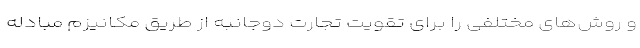
و روش‌های مختلفی را برای تقویت تجارت دوجانبه از طریق مکانیزم مبادله